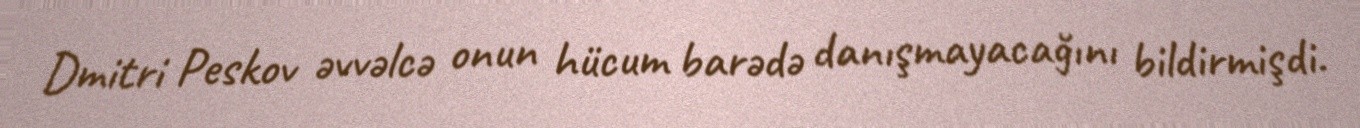
Dmitri Peskov əvvəlcə onun hücum barədə danışmayacağını bildirmişdi.